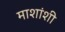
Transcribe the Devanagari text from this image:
माशांशी